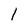
Character: I